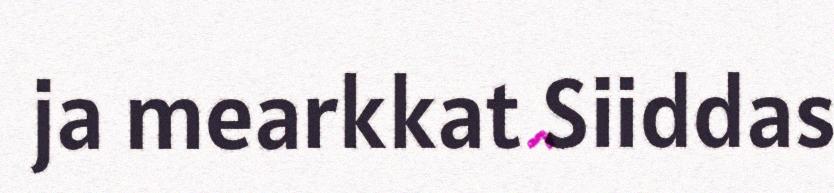
ja mearkkat Siiddas